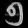
Digit: ၅